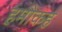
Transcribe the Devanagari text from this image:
हमोकह